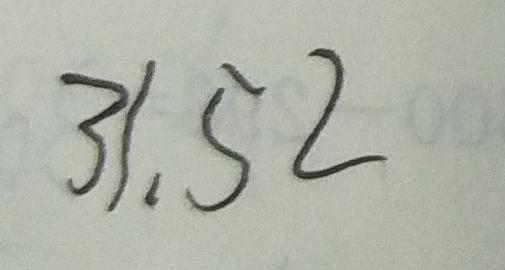
3 1 . 5 2